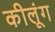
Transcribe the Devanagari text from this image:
कीलूंग